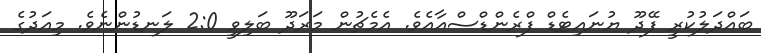
ބައްދަލުކުރީ ފޭދޫ ޔުނައިޓެޑް ފްރެންޑްސްއާއެވެ. އެމެޗުން މަރަދޫ ބަލިވީ 2:0 ލަނޑުންނެވެ. މިއަދުގެ